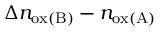
\Delta n _ { \mathrm { o x ( B ) } } - n _ { \mathrm { o x ( A ) } }